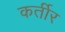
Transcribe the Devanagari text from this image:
कर्तीर